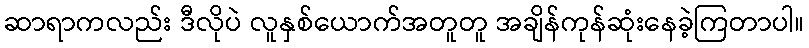
ဆာရာကလည်း ဒီလိုပဲ လူနှစ်ယောက်အတူတူ အချိန်ကုန်ဆုံးနေခဲ့ကြတာပါ။